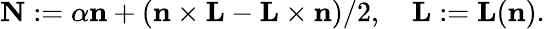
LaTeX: {\mathbf N}:=\alpha{\mathbf n}+({\mathbf n}\times{\mathbf L}-{\mathbf L}\times{\mathbf n})/2,\quad{\mathbf L}:={\mathbf L}({\mathbf n}).